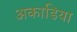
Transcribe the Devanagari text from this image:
अकाडिया